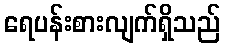
ရေပန်းစားလျက်ရှိသည်